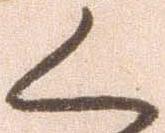
く